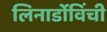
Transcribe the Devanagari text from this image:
लिनार्डोविंची